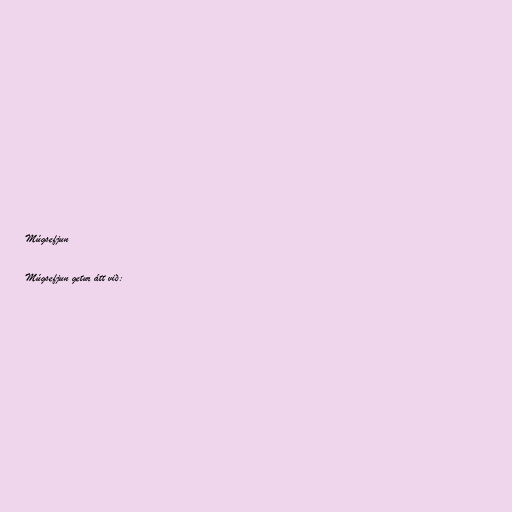
Múgsefjun

Múgsefjun getur átt við: